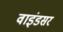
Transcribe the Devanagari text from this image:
वाइंडसर